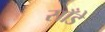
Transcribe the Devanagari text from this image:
साँडे